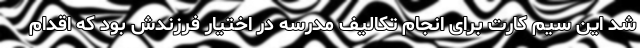
شد این سیم کارت برای انجام تکالیف مدرسه در اختیار فرزندش بود که اقدام